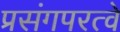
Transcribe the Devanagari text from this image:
प्रसंगपरत्वे